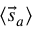
\langle { \vec { s } } _ { a } \rangle